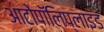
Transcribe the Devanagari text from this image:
आटोपॉलिप्लाइड